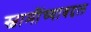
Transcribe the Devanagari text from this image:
स्वामींच्याबद्दल